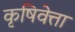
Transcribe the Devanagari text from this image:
कृषिवेत्ता